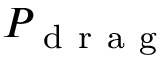
P _ { \mathrm { ~ d ~ r ~ a ~ g ~ } }